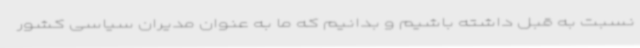
نسبت به قبل داشته باشیم و بدانیم که ما به عنوان مدیران سیاسی کشور